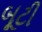
બૂટી